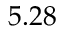
5 . 2 8